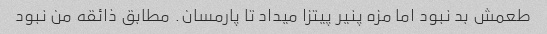
طعمش بد نبود اما مزه پنیر پیتزا میداد تا پارمسان. مطابق ذائقه من نبود